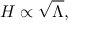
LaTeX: H \propto { \sqrt { \Lambda } } ,